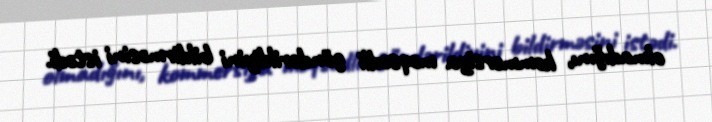
olmadığını, kommersiya məqsədli göndərildiyini bildirməsini istədi.